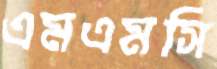
এমএমসি